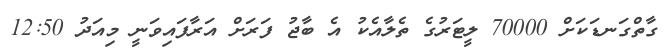
ގާތްގަނޑަކަށް 70000 ލީޓަރުގެ ތެލާއެކު އެ ބާޖު ފަރަށް އަރާފައިވަނީ މިއަދު 12:50